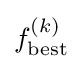
f_{\rm {best}}^{(k)}